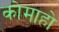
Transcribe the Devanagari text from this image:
कोमाहो